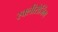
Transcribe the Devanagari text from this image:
स्क्लीरोजिंग